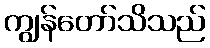
ကျွန်တော်သိသည်